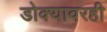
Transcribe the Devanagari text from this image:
डोक्यावरही